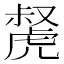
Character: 𧇝